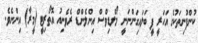
ކުންފުނިތަކުގެ އަހަރީ ފީ ބަލައިގަންނަނީ މޯލްޑިވްސް އިންލެންޑް ރެވެނިއު އޮތޯރިޓީ (މީރާ) އިންނެވެ.